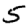
Digit: 5